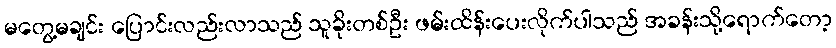
မတွေ့မချင်း ပြောင်းလည်းလာသည် သူခိုးတစ်ဦး ဖမ်းထိန်းပေးလိုက်ပါသည် အခန်းသို့ရောက်တော့